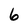
Character: 6